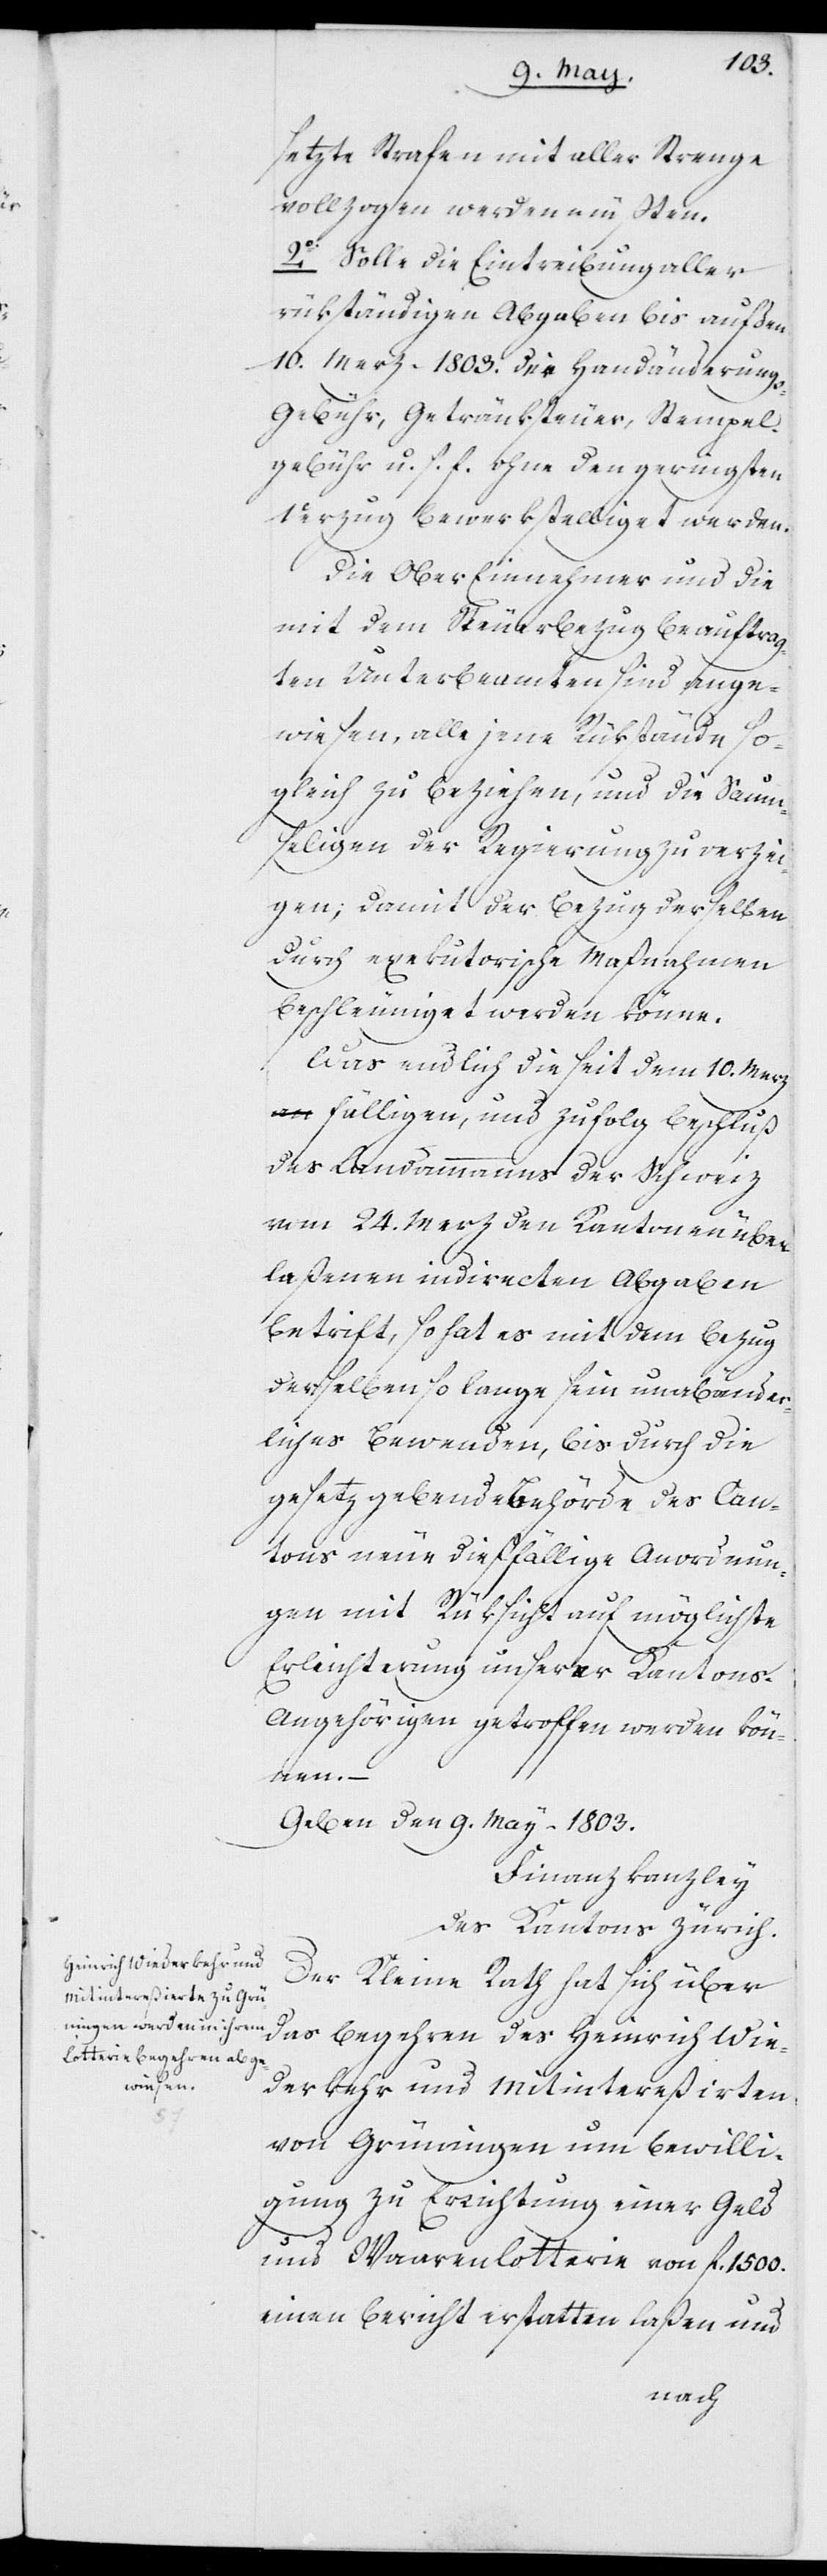
setzte Strafen mit aller Strenge
vollzogen werden müßten.
2o Solle die Eintreibung aller
rükständigen Abgaben bis auf den
10. Merz 1803. die Handänderung¬
s-Gebühr, Getränksteuer, Stempel¬
gebühr u. s. f. ohne den geringsten
Verzug bewerkstelliget werden.
Die Obereinnehmer und die
mit dem Steuerbezug beauftrag¬
ten Unterbeamten sind ange¬
wiesen, alle jene Rükstände so¬
gleich zu beziehen, und die Saum¬
seligen der Regierung zu verzei¬
gen; damit der Bezug derselben
durch exekutorische Maßnahmen
beschleunigt werden könne.
Was endlich die seit dem 10. Merz
fälligen, und zufolg Beschluß
des Landammanns der Schweiz
vom 24. Merz den Kantonen über¬
laßenen indirecten Abgaben
betrift, so hat es mit dem Bezug
derselben so lange sein unabänder¬
liches Bewenden, bis durch die
gesetzgebende Behörde des Can¬
tons neue dießfällige Anordnun¬
gen mit Rüksicht auf möglichste
Erleichterung unserer Kanton¬
s-Angehörigen getroffen werden könn¬
en. –
Geben den 9. May 1803.
Finanzkanzley
des Kantons Zürich.
Der Kleine Rath hat sich über
das Begehren des Heinrich Wie¬
derkehr und Mitintereßierten
von Grüningen um Bewilli¬
gung zu Errichtung einer Geld
und Waarenlotterie von fl. 1500
einen Bericht erstatten laßen und